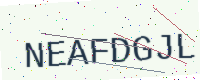
Text: NEAFDGJL